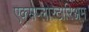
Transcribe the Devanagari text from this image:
एक्सप्लोरेटोरिअम